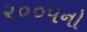
૨૦૦૫નો